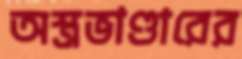
অস্ত্রভাণ্ডারের